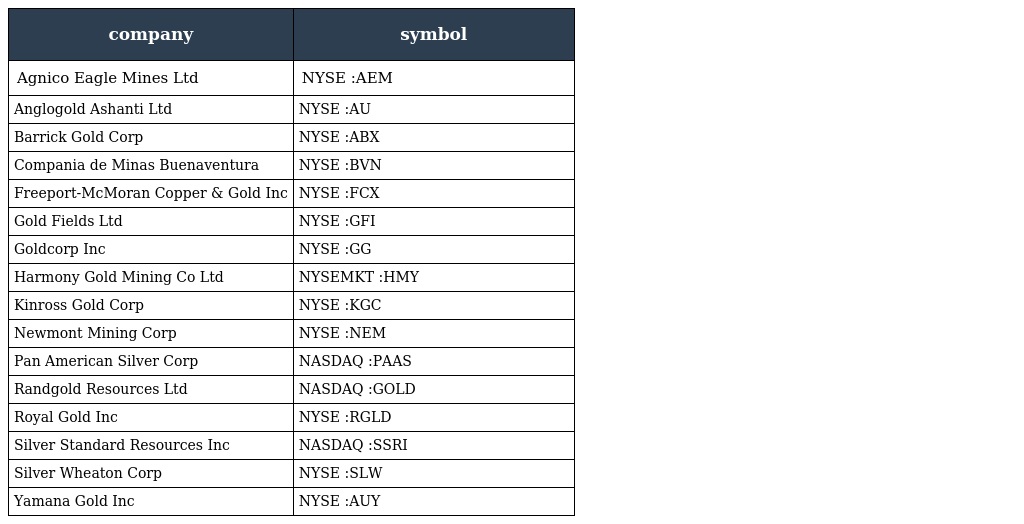
| company | symbol |
 | --- | --- |
 | Agnico Eagle Mines Ltd | NYSE :AEM |
 | Anglogold Ashanti Ltd | NYSE :AU |
 | Barrick Gold Corp | NYSE :ABX |
 | Compania de Minas Buenaventura | NYSE :BVN |
 | Freeport-McMoran Copper & Gold Inc | NYSE :FCX |
 | Gold Fields Ltd | NYSE :GFI |
 | Goldcorp Inc | NYSE :GG |
 | Harmony Gold Mining Co Ltd | NYSEMKT :HMY |
 | Kinross Gold Corp | NYSE :KGC |
 | Newmont Mining Corp | NYSE :NEM |
 | Pan American Silver Corp | NASDAQ :PAAS |
 | Randgold Resources Ltd | NASDAQ :GOLD |
 | Royal Gold Inc | NYSE :RGLD |
 | Silver Standard Resources Inc | NASDAQ :SSRI |
 | Silver Wheaton Corp | NYSE :SLW |
 | Yamana Gold Inc | NYSE :AUY |